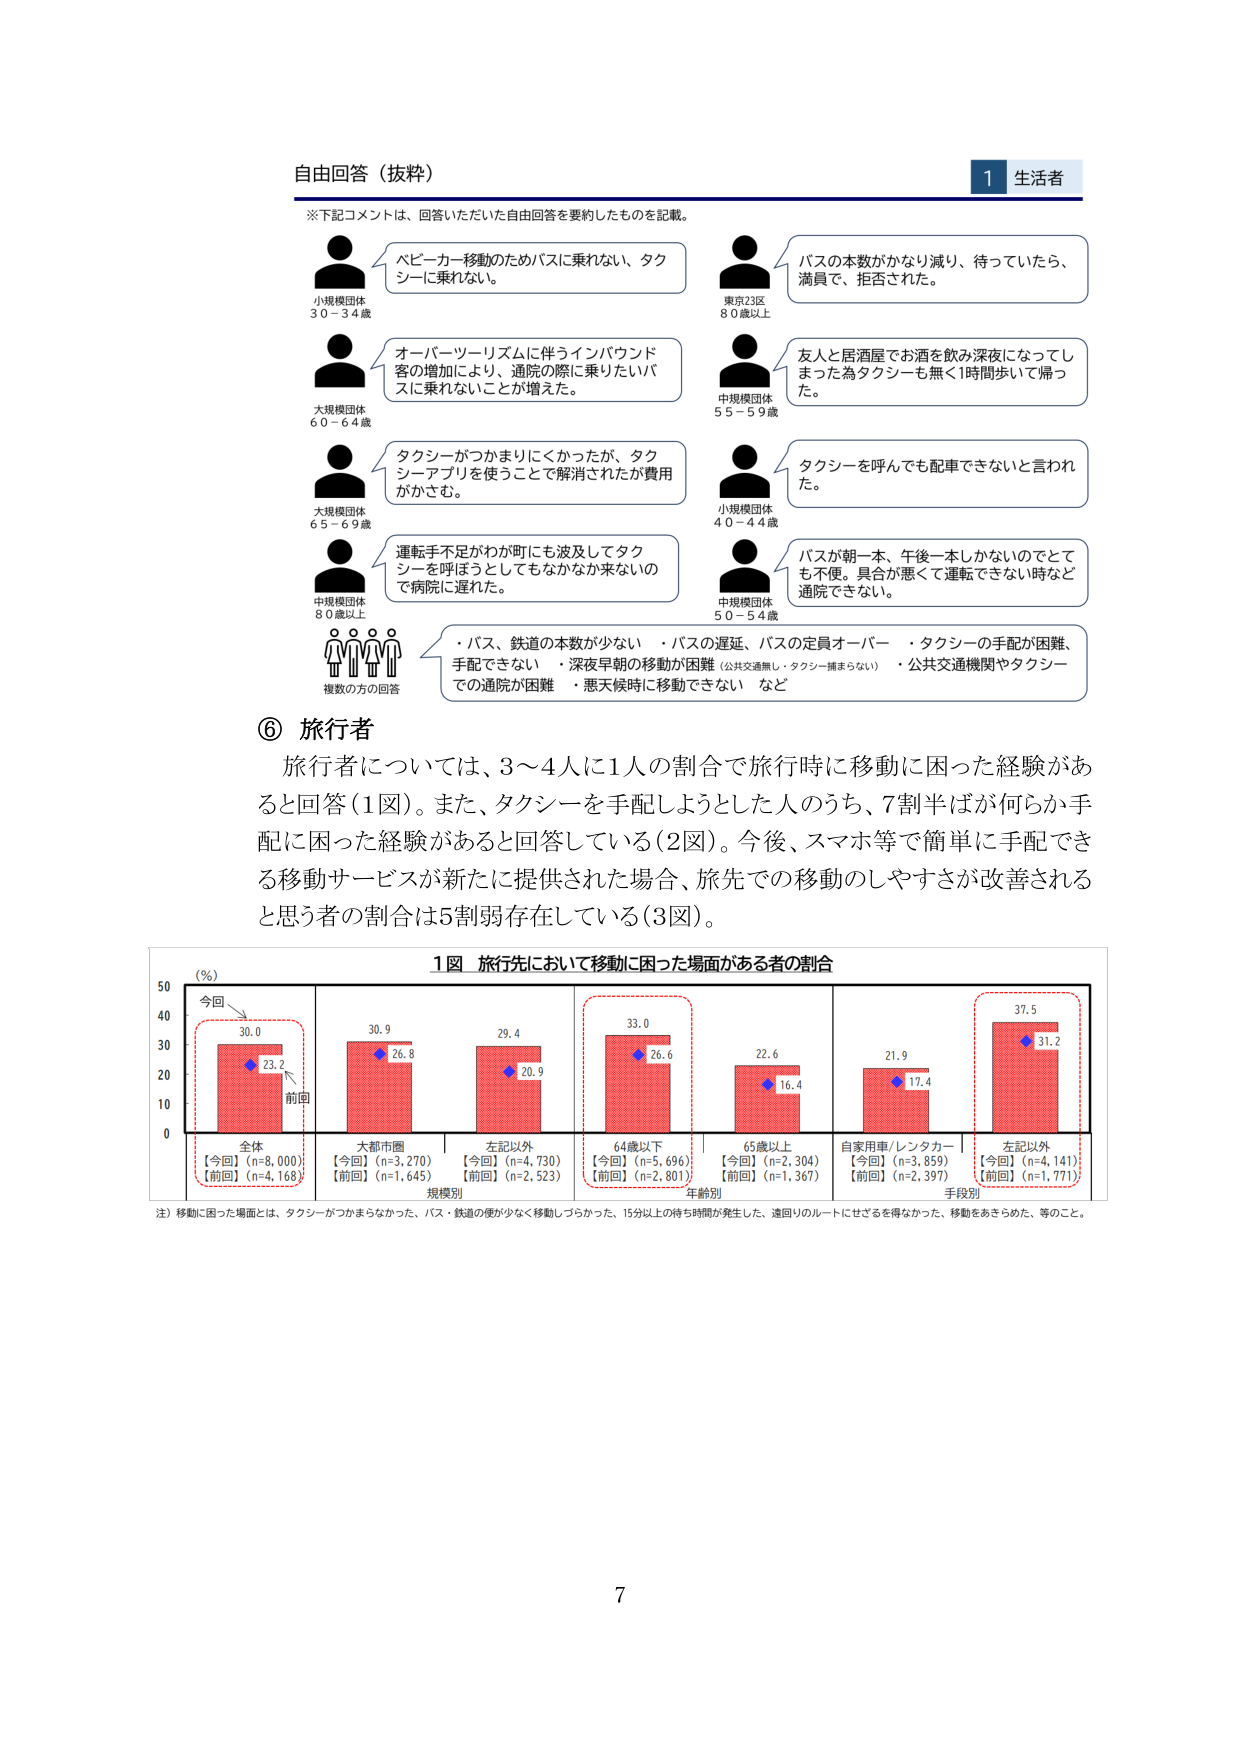
自由回答（抜粋）

※下記コメントは、回答いただいた自由回答を要約したものを記載。

小規模団体
30－34歳
ベビーカー移動のためバスに乗れない、タクシーに乗れない。

大規模団体
60－64歳
オーバーツーリズムに伴うインバウンド客の増加により、通院の際に乗りたいバスに乗れないことが増えた。

大規模団体
65－69歳
タクシーがつかまりにくかったが、タクシーアプリを使うことで解消されたが費用がかさむ。

中規模団体
80歳以上
運転手不足がわ町にも波及してタクシーを呼ぼうとしてもなかなか来ないのでき病院に遅れた。

東京23区
80歳以上
バスの本数がかなり減り、待っていたら、満員で、拒否された。

中規模団体
55－59歳
友人と居酒屋でお酒を飲み深夜になってしまった為タクシーも無く1時間歩いて帰った。

小規模団体
40－44歳
タクシーを呼んでも配車できないと言われた。

中規模団体
50－54歳
バスが朝一本、午後一本しかないのでも不便。具合が悪くて運転できない時など通院できない。

複数の方の回答
・バス、鉄道の本数が少ない
・バスの遅延、バスの定員オーバー
・タクシーの手配が困難、手配できない
・深夜早朝の移動が困難（公共交通無し・タクシー捕まらない）
・公共交通機関やタクシーでの通院が困難
・悪天候時に移動できない など

⑥ 旅行者
旅行者については、3～4人に1人の割合で旅行時に移動に困った経験があると回答（1図）。また、タクシーを手配しようとした人のうち、7割半ばが何らか手配に困った経験があると回答している（2図）。今後、スマホ等で簡単に手配できる移動サービスが新たに提供された場合、旅先での移動のしやすさが改善されると思う者の割合は5割弱存在している（3図）。

1図 旅行先において移動に困った場面がある者の割合
（％）
今回
前回
全体
【今回】（n=8,000）
【前回】（n=4,168）
30.0
23.2
大都市圏
【今回】（n=3,270）
【前回】（n=1,645）
30.9
26.8
左記以外
【今回】（n=4,730）
【前回】（n=2,523）
29.4
20.9
64歳以下
【今回】（n=5,696）
【前回】（n=2,801）
33.0
26.6
65歳以上
【今回】（n=2,304）
【前回】（n=1,367）
22.6
16.4
自家用車/レンタカー
【今回】（n=3,859）
【前回】（n=2,397）
21.9
17.4
左記以外
【今回】（n=4,141）
【前回】（n=1,771）
37.5
31.2
規模別
年齢別
手段別

注）移動に困った場面とは、タクシーがつかまらなかった、バス・鉄道の便が少なく移動しづらかった、15分以上の待ち時間が発生した、遠回りのルートにせざるを得なかった、移動をあきらめた、等のこと。

1 生活者
7